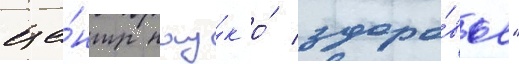
це́нтр нау́к о́ здоро́вье"